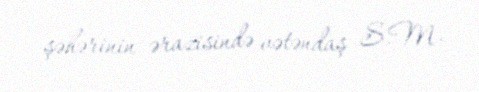
şəhərinin ərazisində vətəndaş S.M.